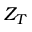
Z _ { T }